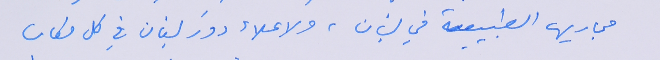
مجاريها الطبيعية في لبنان، ولاعلاء دورَ لبنان في كل مكان